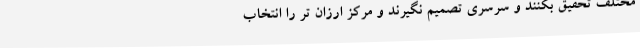
مختلف تحقیق بکنند و سرسری تصمیم نگیرند و مرکز ارزان تر را انتخاب